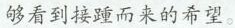
够看到接踵而来的希望。